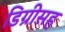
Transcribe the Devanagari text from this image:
डिग्रीसह